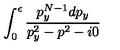
\int _ { 0 } ^ { \epsilon } \frac { p _ { y } ^ { N - 1 } d p _ { y } } { p _ { y } ^ { 2 } - p ^ { 2 } - i 0 }